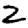
Digit: 2